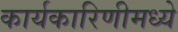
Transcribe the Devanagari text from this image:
कार्यकारिणीमध्ये